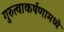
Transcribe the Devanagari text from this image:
गुरुत्वाकर्षणामध्ये